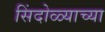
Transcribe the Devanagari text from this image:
सिंदोळ्याच्या